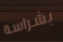
بشراسة